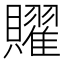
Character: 𧸭